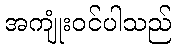
အကျုံးဝင်ပါသည်